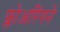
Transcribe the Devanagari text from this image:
फ्लोअरिंगने